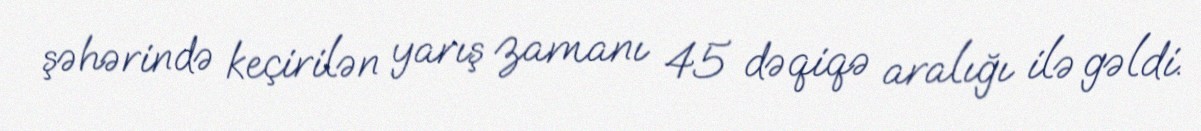
şəhərində keçirilən yarış zamanı 45 dəqiqə aralığı ilə gəldi.